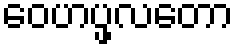
ဝေဟပ္ဖလတော